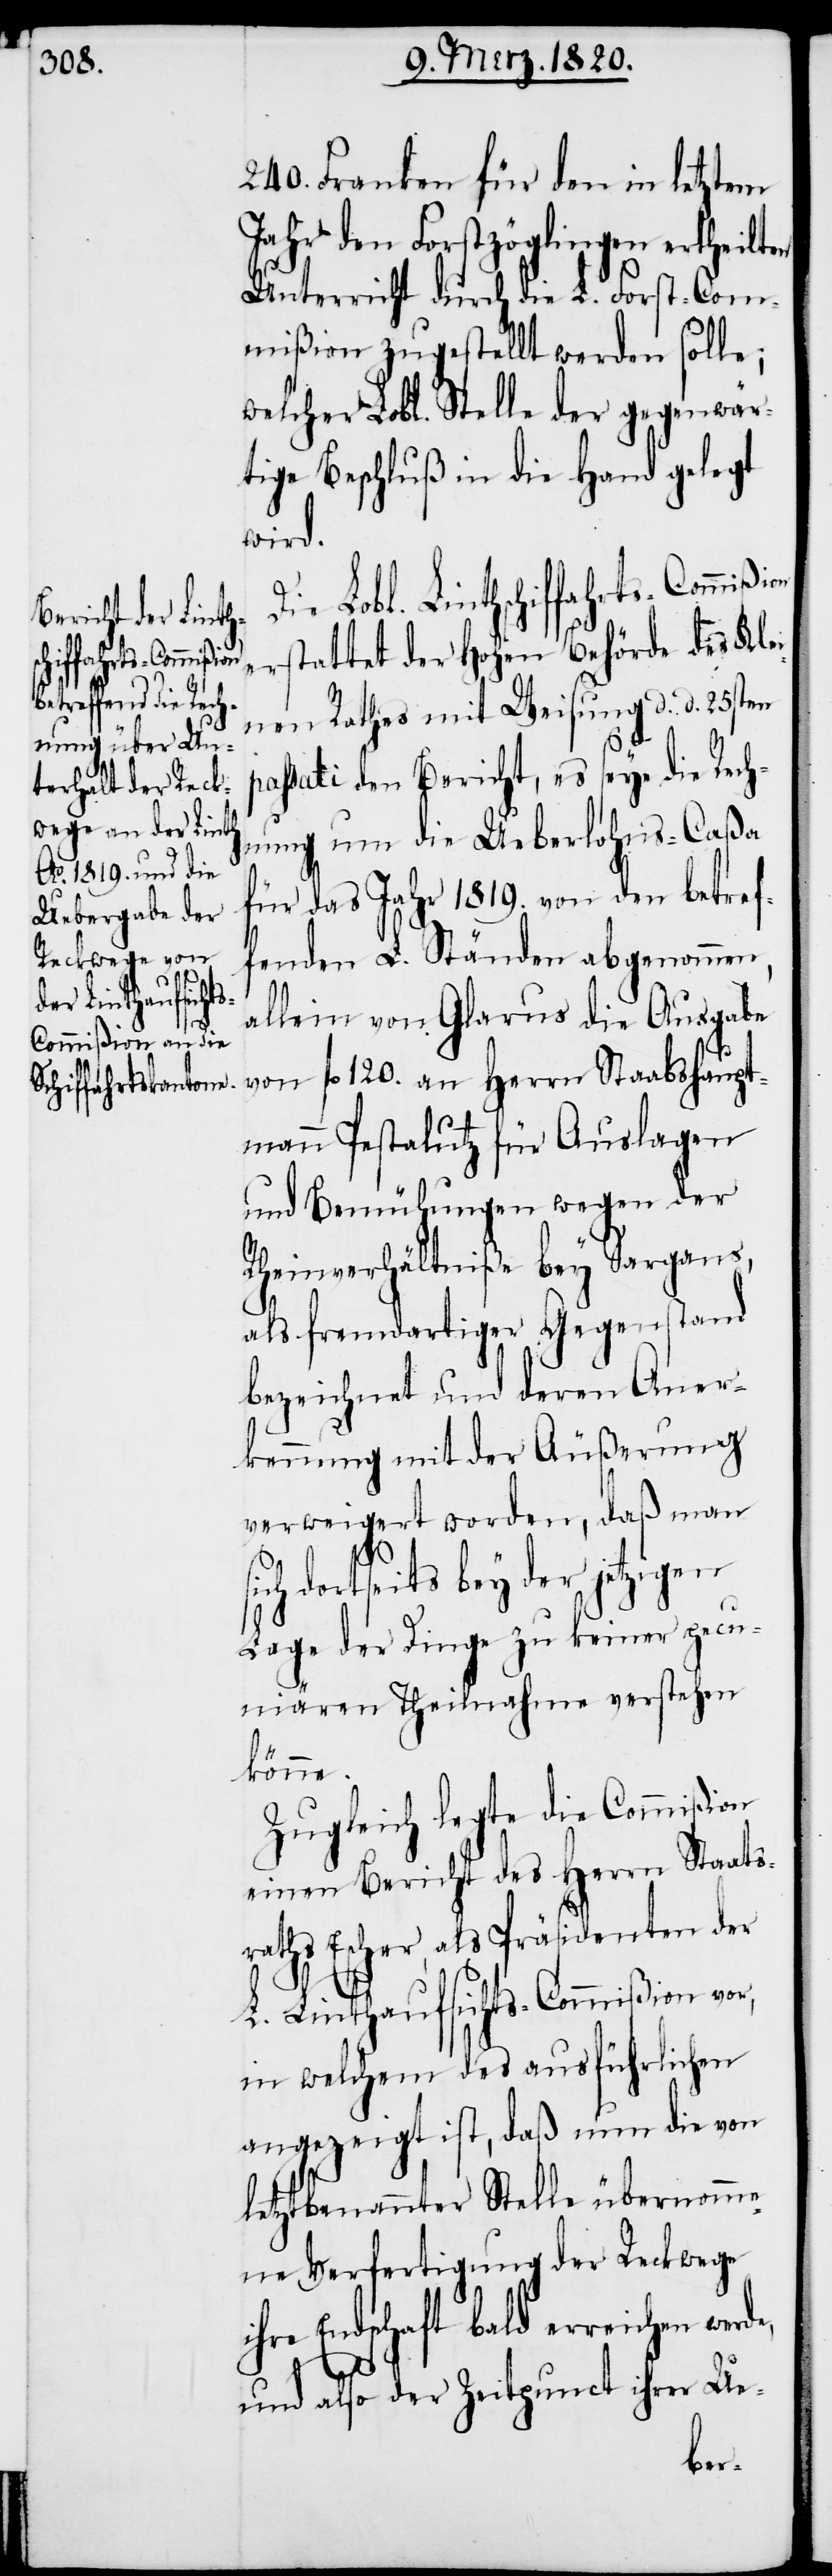
ffahrts-Commi¬

240. Franken für den in letztem
Jahr den Forstzöglingen
Unterricht durch die L. Forst-Com¬
mißion zugestellt werden solle;
welcher Lobl. Stelle der gegenwär¬
tige Beschluß in die Hand gelegt
wird.
Die Lobl. Linthschi¬
erstattet der Hohen Behörde des Klei¬
nen Rathes mit Weisung d. d. 25sten
passati den Bericht, es seye die Rech¬
nung um die Ueberlohns-Caßa
für das Jahr 1819. von den betref¬
fenden L. Ständen abgenommen,
allein von Glarus die Ausgabe
von fl 120. an Herrn Staabshaupt¬
mann Pestalutz für Auslagen
und Bemühungen wegen der
Rheinverhältniße bey Sargans,
als fremdartiger Gegenstand
bezeichnet und deren Aner¬
kennung mit der Äußerung
verweigert worden, daß man
ich dortseits bey der jetzigen
Lage der Dinge zu keiner pecu¬
niären Theilnahme verstehen
könne.
Zugleich legte die Commißion
einen Bericht des Herrn Staats¬
raths Escher, als Präsidenten der
L. Linthaufsichts-Commißion vor,
in welchem des ausführlichen
angezeigt ist, daß nun die von
letztbenannter Stelle übernomme¬
ne Verfertigung der Reckwege
ihre Endschaft bald erreichen wer¬
de,
und also der Zeitpunct ihrer Ue-